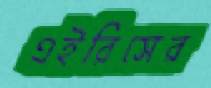
এইরিসের